On the morphology, teratology, and diclinism of the flowers of cannabis - Number 12
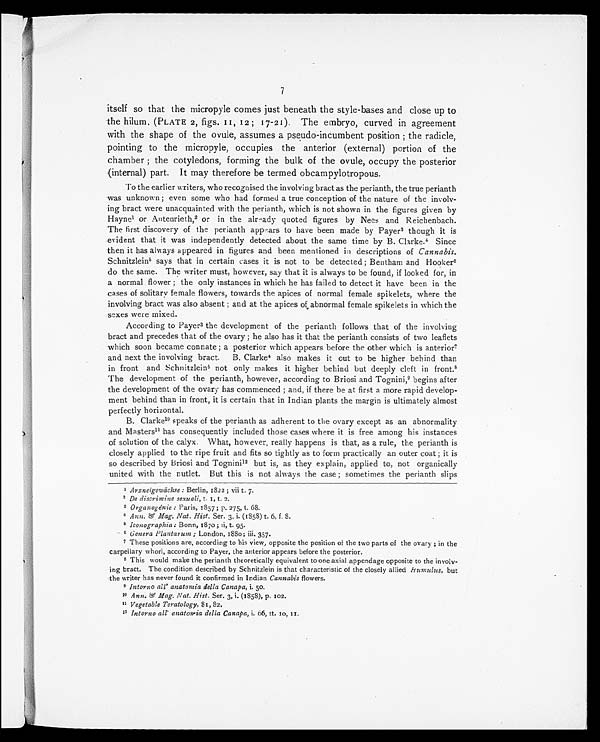
7
itself so that the micropyle comes just beneath the style-bases and close up to
the hilum. (PLATE 2, figs. 11, 12; 17-21). The embryo, curved in agreement
with the shape of the ovule, assumes a pseudo-incumbent position; the radicle,
pointing to the micropyle, occupies the anterior (external) portion of the
chamber; the cotyledons, forming the bulk of the ovule, occupy the posterior
(internal) part. It may therefore be termed obcampylotropous.
To the earlier writers, who recognised the involving bract as the perianth, the true perianth
was unknown; even some who had formed a true conception of the nature of the involv-
ing bract were unacquainted with the perianth, which is not shown in the figures given by
Haynel or Autenrieth,2 or in the already quoted figures by Nees and Reichenbach.
The first discovery of the perianth appears to have been made by Payer 3 though it is
evident that it was independently detected about the same time by B. Clarke. 4 Since
then it has always appeared in figures and been mentioned in descriptions of Cannabis.
Schnitzlein5 says that in certain cases it is not to be detected; Bentham and Hooker 6
do the same. The writer must, however, say that it is always to be found, if looked for, in
a normal flower; the only instances in which he has failed to detect it have been in the
cases of solitary female flowers, towards the apices of normal female spikelets, where the
involving bract was also absent; and at the apices of abnormal female spikelets in which the
sexes were mixed.
According to Payer3 the development of the perianth follows that of the involving
bract and precedes that of the ovary; he also has it that the perianth consists of two leaflets
which soon became connate; a posterior which appears before the other which is anterior 7
and next the involving bract. B. Clarke 4 also makes it out to be higher behind than
in front and Schnitzlein 5 not only makes it higher behind but deeply cleft in front. 8
The development of the perianth, however, according to Briosi and Tognini, 9 begins after
the development of the ovary has commenced; and, if there be at first a more rapid develop-
ment behind than in front, it is certain that in Indian plants the margin is ultimately almost
perfectly horizontal.
B. Clarke1 0
s p e a k s o f t h e p e r i a n t h a s a d h e r e n t t o t h e o v a r y e x c e p t a s a n a b n o r m a l i t y
and Masters1 1
h a s c o n s e q u e n t l y i n c l u d e d t h o s e c a s e s w h e r e i t i s f r e e a m o n g h i s i n s t a n c e s
of solution of the calyx. What, however, really happens is that, as a rule, the perianth is
closely applied to the ripe fruit and fits so tightly as to form practically an outer coat; it is
so described by Briosi and Tognini 12 but is, as they explain, applied to, not organically
united with the nutlet. But this is not always the case; sometimes the perianth slips
1 Arzneigewächse : Berlin, 1822; vii t. 7.
2 De discrimine sexuali, t. 1, t. 2.
3 Organogénie : Paris, 1857; p. 275, t. 68.
4 Ann. & Mag. Nat. Hist. Ser. 3, i. (1858) t. 6, f. 8.
5 Iconographia : Bonn, 1870; ii, t. 95.
6 Genera Plantarum; London, 1880; iii. 357.
7 These positions are, according to his view, opposite the position of the two parts of the ovary; in the
carpeilary whorl, according to Payer, the anterior appears before the posterior.
8
This would make the perianth theoretically equivalent to one axial appendage opposite to the involv-
ing bract. The condition described by Schnitzlein is that characteristic of the closely allied H umulus, but
the writer has never found it confirmed in Indian Cannabis flowers.
9 Intorno all' anatomia della Canapa, i. 50.
10 Ann. & Mag. Nat. Hist. Ser. 3, i. (1858), p. 102.
11 Vegetable Teratology, 81, 82.
12 Intorno all' anatomia della Canapa, i. 66, tt. 10, 11.